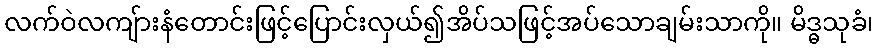
လက်ဝဲလကျ်ားနံတောင်းဖြင့်ပြောင်းလှယ်၍အိပ်သဖြင့်အပ်သောချမ်းသာကို။ မိဒ္ဓသုခံ၊